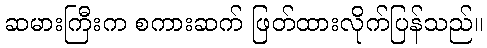
ဆမားကြီးက စကားဆက် ဖြတ်ထားလိုက်ပြန်သည်။